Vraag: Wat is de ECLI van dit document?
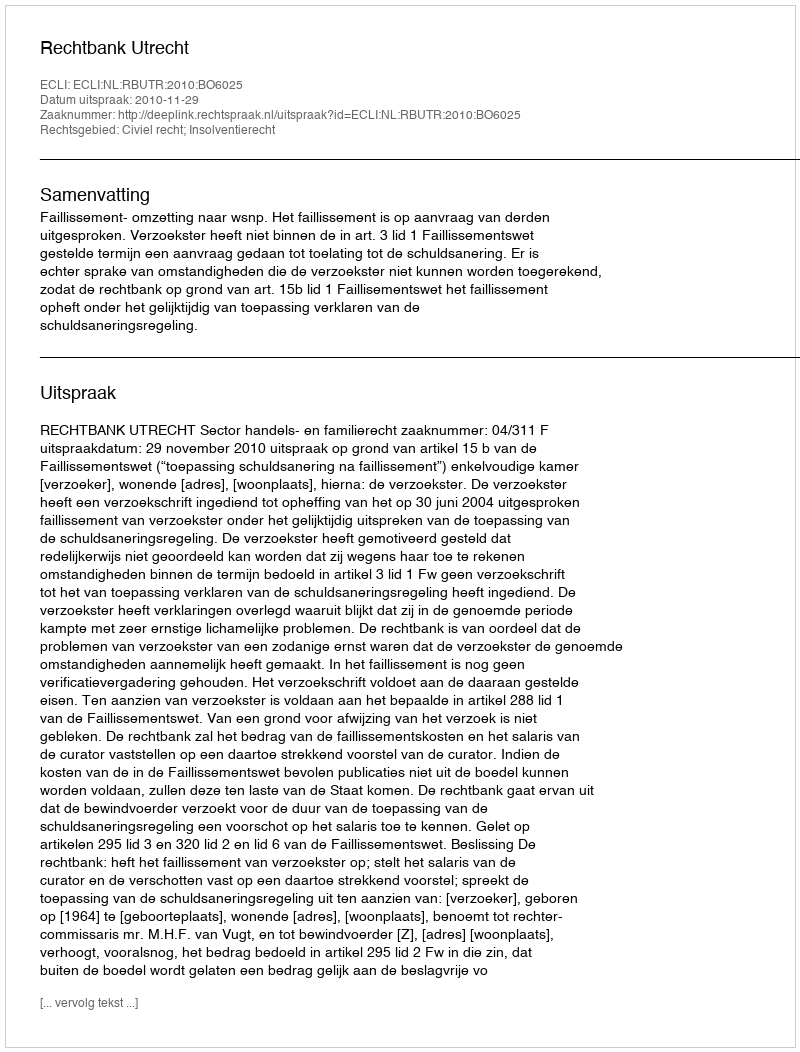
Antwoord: ECLI:NL:RBUTR:2010:BO6025